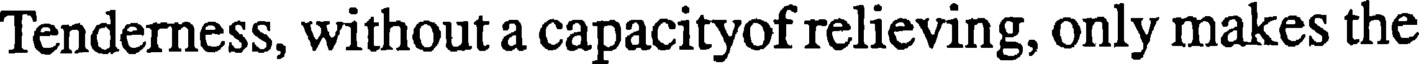
Tenderness, without a capacityof relieving, only makes the